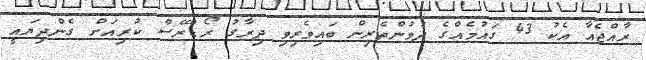
ރާއްޖެއާ އެކު 43 ގައުމެއްގެ ދުވުންތެރިން ބައިވެރިވި ދިރާގު ރޯޑްރޭސް ކުރިއަށް ގެންދިޔައީ